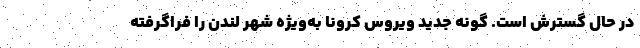
در حال گسترش است. گونه جدید ویروس کرونا به‌ویژه شهر لندن را فراگرفته